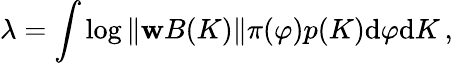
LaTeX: \lambda=\int\log\| {\mathbf w}{B(K)}\| \pi(\varphi)p(K)\mathrm{d}\varphi\mathrm{d}K\, ,